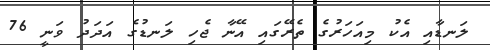
ލަނޑާއި އެކު މިއަހަރުގެ ތެރޭގައި އޭނާ ޖެހި ލަނޑުގެ އަދަދު ވަނީ 76